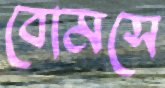
বোমসে